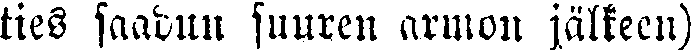
ties saadun suuren armon jälkeen)